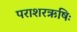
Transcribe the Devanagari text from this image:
पराशरऋषिः